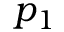
p _ { 1 }